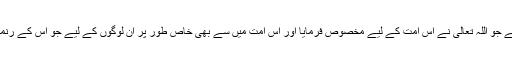
عمل صلاح تمام شعیرت کا مجموعہ ہے اور توااصی ایک رتبہ کمال و فضیلت ہے جو اللہ تعالی نے اس امت کے لیے مخصوص فرمایا اور اس امت میں سے بھی خاص طور پر ان لوگوں کے لیے جو اس کے رنما ہیں، کیوں کہ امربالمعروف اور نہی عن المنکر کی اصل ذمہ داری انہی پر ہے۔